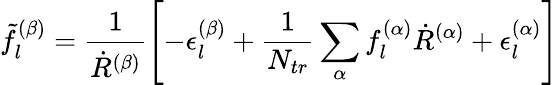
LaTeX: \tilde{f}_{l}^{(\beta)}=\frac{1}{\dot{R}^{(\beta)}}\left[-\epsilon_{l}^{(\beta)}+\frac{1}{N_{tr}}\sum_{\alpha}f_{l}^{(\alpha)}\dot{R}^{(\alpha)}+\epsilon_{l}^{(\alpha)}\right]